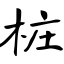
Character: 桩